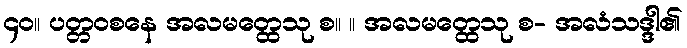
၄၀။ ပတ္တဝစနေ အလမတ္ထေသု စ။ ။ အလမတ္ထေသု စ- အလံသဒ္ဒါ၏